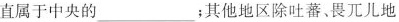
直属于中央的___；其他地区除吐蕃、畏兀儿地